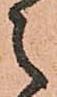
之